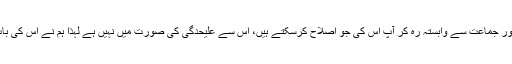
کسی مذہب، مسلک اور جماعت سے وابستہ رہ کر آپ اس کی جو اصلاح کرسکتے ہیں، اس سے علیحدگی کی صورت میں نہیں ہے لہٰذا ہم نے اس کی بات سننی ہی نہیں ہے۔